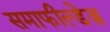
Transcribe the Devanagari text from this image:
समाफील्डेज़